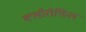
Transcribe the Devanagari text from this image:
क्‍लोरोफिल